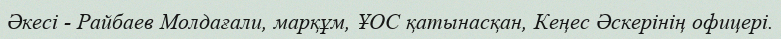
Әкесі - Райбаев Молдағали, марқұм, ҰОС қатынасқан, Кеңес Әскерінің офицері.